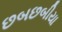
છબછબીયા